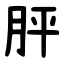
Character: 胓